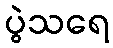
ပွဲသရေ